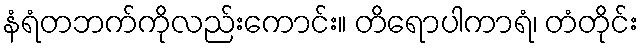
နံရံတဘက်ကိုလည်းကောင်း။ တိရောပါကာရံ၊ တံတိုင်း